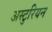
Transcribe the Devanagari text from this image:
अस्टुरियन